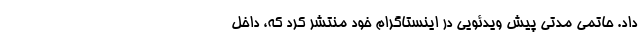
داد. حاتمی مدتی پیش ویدئویی در اینستاگرام خود منتشر کرد که، داخل